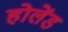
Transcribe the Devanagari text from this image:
होलेंड